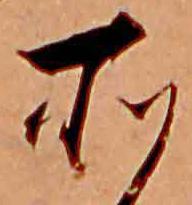
所